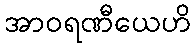
အာဝရဏီယေဟိ